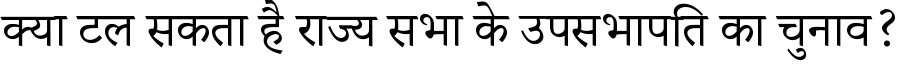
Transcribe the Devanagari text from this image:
क्या टल सकता है राज्य सभा के उपसभापति का चुनाव?